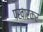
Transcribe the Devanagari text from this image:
पखारकर